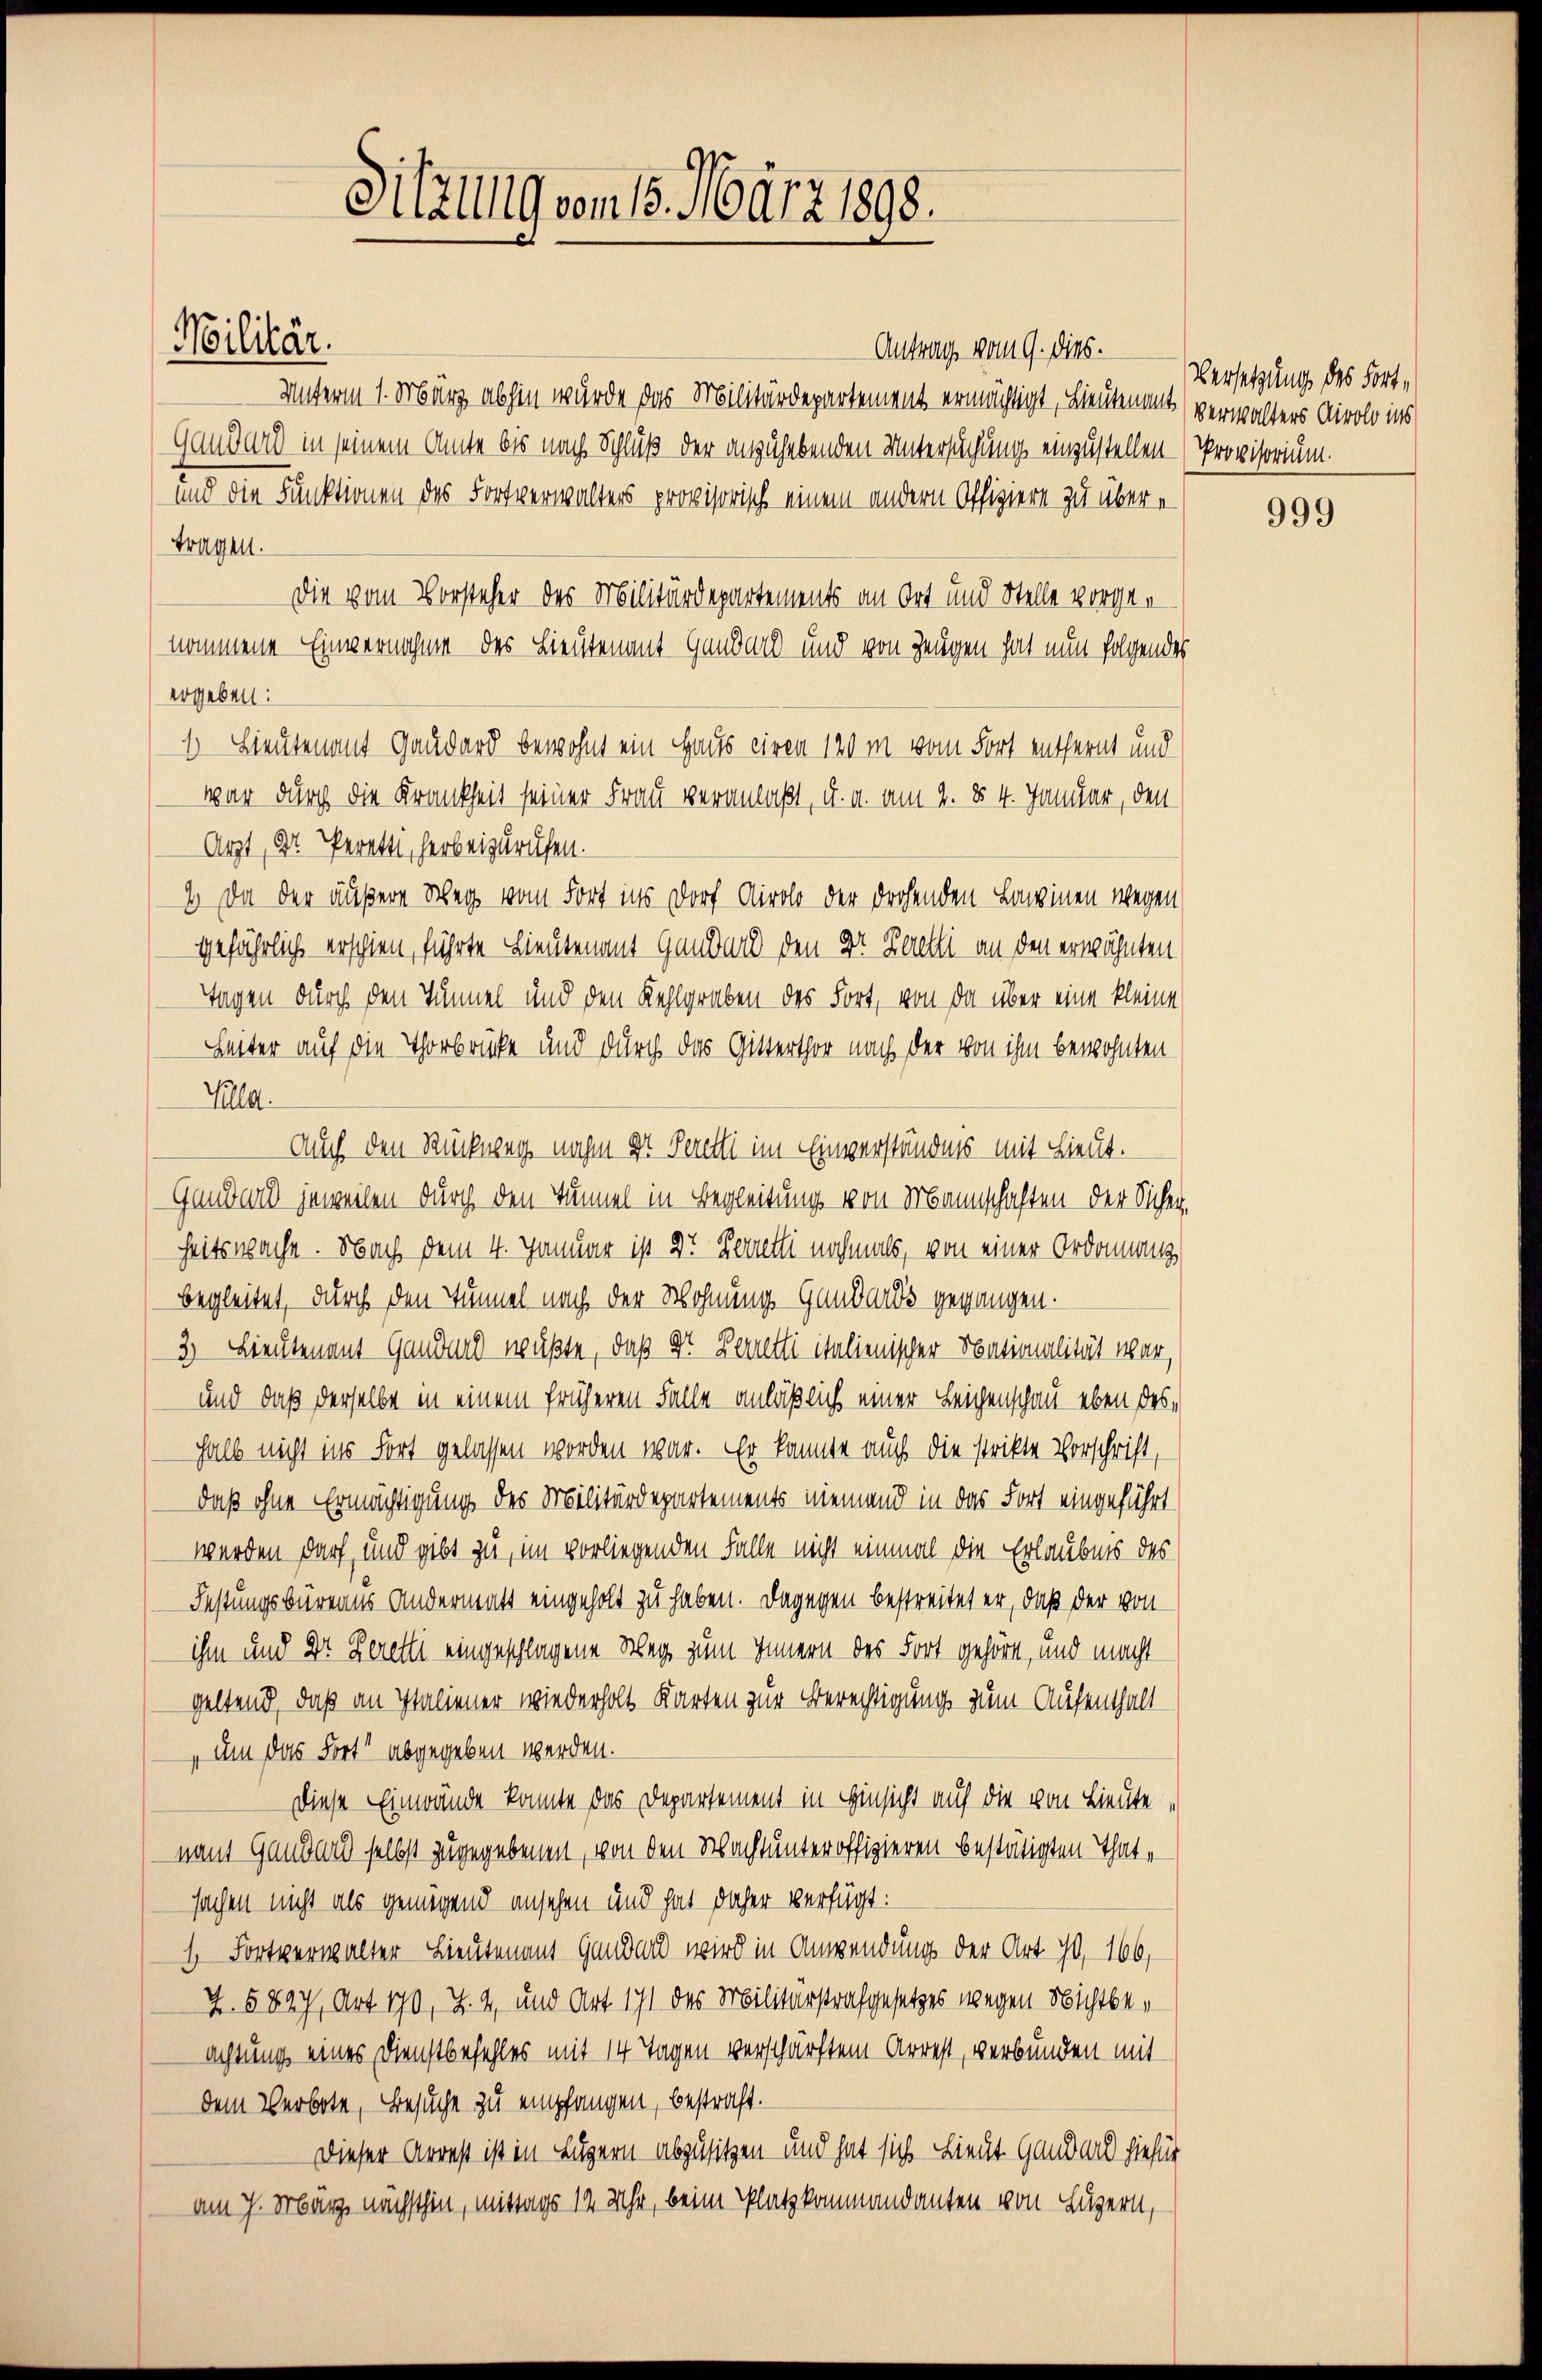
Antrag vom 9. Dieb.
Unterm 1. März abhin wurde das Militärdepartement ermächtigt, Lieutenant verwalters Airolo ins
Ganders in seinem Amte bis nach Schluß der anzuhebenden Untersuchung einzustellen (Provisorium.
und die Funktionen des Fortverwalters provisorisch einem andern Offiziere zu übere
tragen.
Die vom Vorsteher des Militärdepartements an Ort und Stelle vorgenommene Einvernahme des Lieutenant Ganders und von Zeugen hat nun folgendes
ergeben:
1 Lieutenant Gaudard bewohnt ein Haus ciren 120 m vom Fort entfernt und
war durch die Krankheit seiner Frau veranlaßt, u. a. am 2. §. 4. Januar, den
Arzt, Dr. Perette, herbeizurufen.
2. Da der äußere Weg vom Fort ins Dorf Airolo der drohenden Lawinen wegen
gefährlich erschien, führte Lieutenant Ganden den Dr Zerelli an den erwähnten
Tagen durch den Summel und den Kehlgraben des Fort, von da über eine kleine
Heiter auf die Thorbrücke und durch das Gitterthor nach der von ihm bewohnten
Tulla.
Auch den Rückweg nahm der Perelli im Einverständnis mit Lieut.
Ganders jeweilen durch den Tunnel in Begleitung von Mannschaften der Sicher,
heitswache. Nach dem 4. Januar ist Dr Bonetti nochmals, von einer Ordonanz
begleitet, durch den Tunnel nach der Wohnung Gandands gegangen.
3) Lieutenant Gandend wußte, daß Dr. Derretti italienischer Nationalität war,
und daß derselbe in einem früheren Falle anläßlich einer Leichenschau eben deshalb nicht ins Fort gelassen worden war. Er konnte auch die strikte Vorschrift,
daß ohne Ermächtigung des Militärdepartements niemand in das Fort eingeführt
werden darf, und gibt zu, im vorliegenden Falle nicht einmal die Erlaubnis des
Festungsbüreaus andermatt eingeholt zu haben. Dagegen bestreitet er, daß der von
ihm und Dr. Heretti eingeschlagene Weg zum Innern des Fort gehöre, und macht
geltend, daß an Italiener wiederholt Karten zur Berechtigung zum Aufenthalt
 um das Fort“ abgegeben werden.
Diese Einwände konnte das Departement in Hinsicht auf die von Lieute
namt Ganden selbst zugegebenen, von den Wachtunteroffizieren bestätigten Thatsachen nicht als genügend ansehen und hat daher verfügt:
1. Fortverwalter Lieutenant Gander wird in Anwendung der Art 70, 166,
4. 5847, Art. 170, Z. 4, und Art 171 des Militärstrafgesetzes wegen Nichtbeachtung eines Dienstbefehles mit 14 Tagen verschärftem Arrest, verbunden mit
dem Verbote, Besuche zu empfangen, bestraft.
Dieser Arrest ist in Luzern abzusitzen und hat sich Lieut. Gandmal hiefür
am 7. März nächsthin, mittags 12 Uhr, beim Platz kommandanten von Luzern,

Militär.

Sitzung vom 18. März 1898.

Versetzung des Fort¬

999